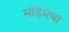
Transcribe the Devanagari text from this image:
मॉडेमचा